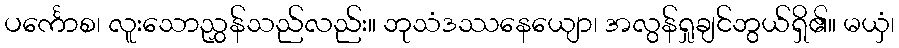
ပင်္ကောစ၊ လူးသောညွှန်သည်လည်း။ ဘုသံဒဿနေယျော၊ အလွန်ရှုချင်ဘွယ်ရှိ၏။ မယှံ၊